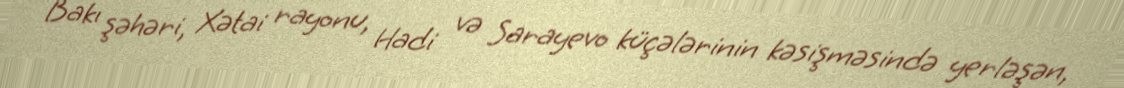
Bakı şəhəri, Xətai rayonu, Hadi və Sarayevo küçələrinin kəsişməsində yerləşən,